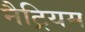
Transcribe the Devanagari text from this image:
नैट्रियम